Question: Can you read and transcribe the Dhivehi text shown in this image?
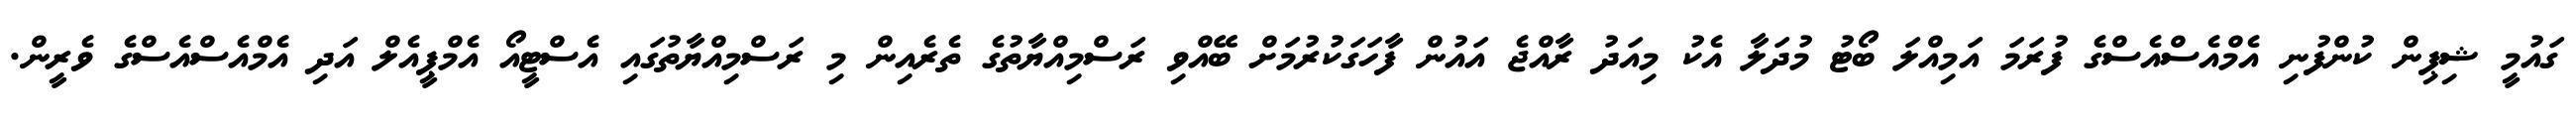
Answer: ގައުމީ ޝިޕިން ކުންފުނި އެމްއެސްއެސްގެ ފުރަމަ އަމިއްލަ ބޯޓު މުދަލާ އެކު މިއަދު ރާއްޖެ އައުން ފާހަގަކުރުމަށް ބޭއްވި ރަސްމިއްޔާތުގެ ތެރެއިން މި ރަސްމިއްޔާތުގައި އެސްޓީއޯ އެމްޕީއެލް އަދި އެމްއެސްއެސްގެ ވެރީން.